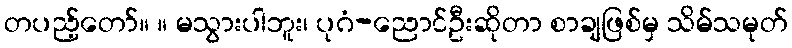
တပည့်တော်။ ။ မသွားပါဘူး၊ ပုဂံ-ညောင်ဦးဆိုတာ စာချဖြစ်မှ သိမ်သမုတ်